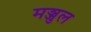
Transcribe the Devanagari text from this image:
मञ्जुल